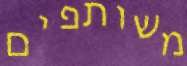
משותפים